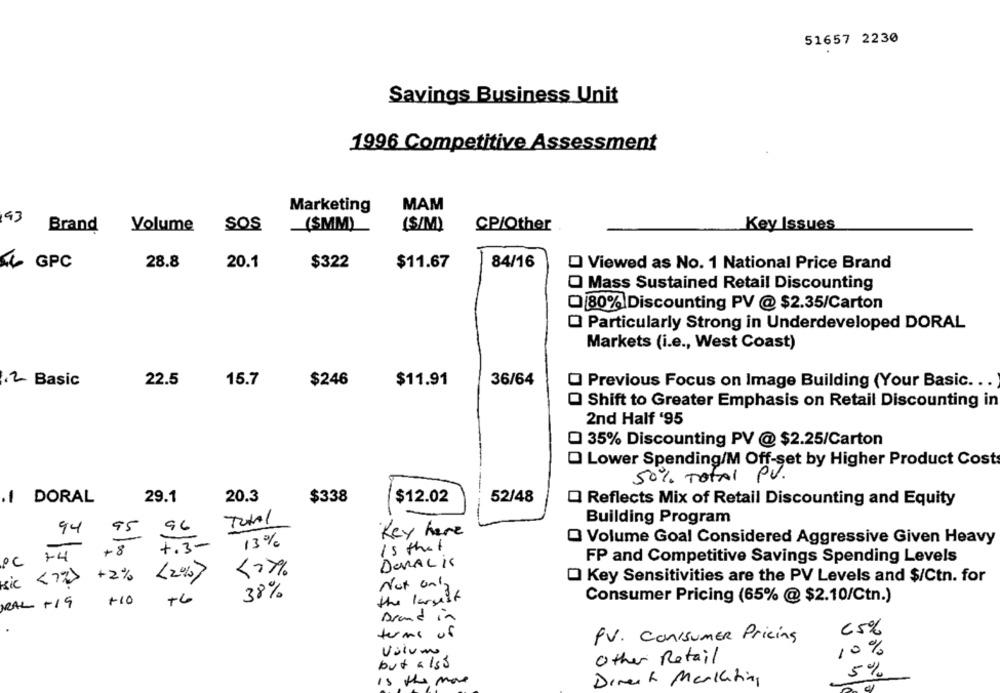
51657 2230
Savings Business Unit
1996 Competitive Assessment
MAM
Marketing
93
SOS
(SMM)
(S/M)
CP/Other
Key Issues
Brand Volume
20.1
$11.67
84/16
GPC
28.8
$322
D Viewed as No. 1 National Price Brand
O Mass Sustained Retail Discounting
80% Discounting PV @ $2.35/Carton
O Particularly Strong in Underdeveloped DORAL
Markets (i.e ., West Coast)
36/64
.2 Basic
22.5
15.7
$246
$11.91
O Previous Focus on Image Building (Your Basic ...
O Shift to Greater Emphasis on Retail Discounting in
2nd Half '95
Q 35% Discounting PV @ $2.25/Carton
Lower Spending/M Off-set by Higher Product Cost
50% TOTAL PV.
I DORAL
29.1
20.3
$338
$12.02
52/48
Q Reflects Mix of Retail Discounting and Equity
Total
Building Program
96
94
95
Key here
O Volume Goal Considered Aggressive Given Heavy
+.3-
13%
Is that
+ 8
PC 74
FP and Competitive Savings Spending Levels
DenALis
sic < 72>
+2%
<2017
Key Sensitivities are the PV Levels and $/Ctn. for
Not only
38%
+10
+6
the largest
Consumer Pricing (65% @ $2.10/Ctn.)
RAL +19
Brand in
65%
terms of
PV. ConisuMER Pricing
Volume
10%
but also
Other Retail
5%
is the more
Direct Marketing